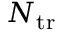
N _ { \mathrm { t r } }